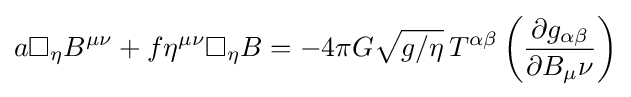
a\Box _{\eta }B^{\mu \nu }+f\eta ^{\mu \nu }\Box _{\eta }B=-4\pi G{\sqrt {g/\eta }}\,T^{\alpha \beta }\left({\frac {\partial g_{\alpha \beta }}{\partial B_{\mu }\nu }}\right)